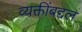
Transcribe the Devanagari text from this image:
व्यक्तींबद्दल